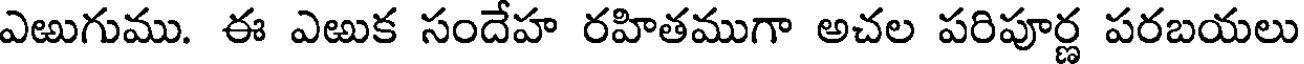
ఎఱుగుము. ఈ ఎఱుక సందేహ రహితముగా అచల పరిపూర్ణ పరబయలు